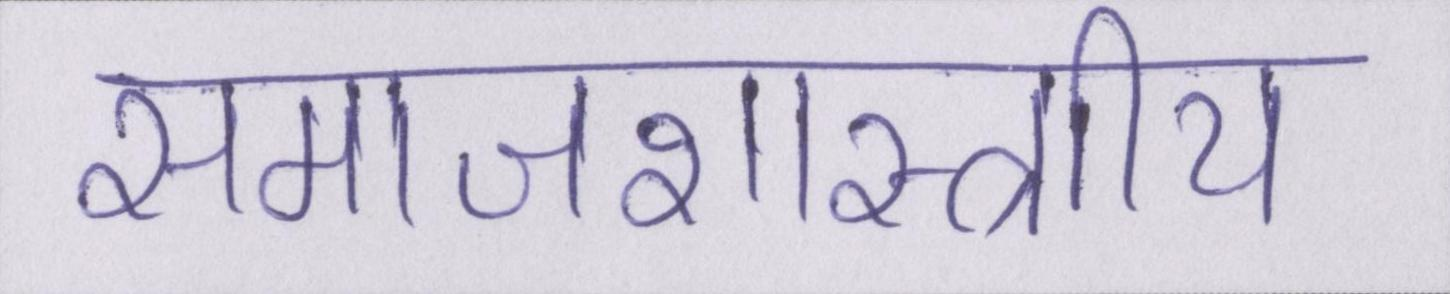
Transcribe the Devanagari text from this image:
समाजशास्त्राीय